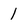
Character: 1